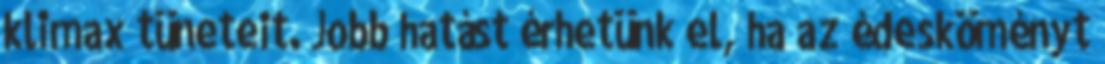
klimax tüneteit. Jobb hatást érhetünk el, ha az édesköményt